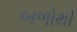
બળોથી